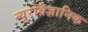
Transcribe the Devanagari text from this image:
न्यूरोवैज्ञानिक